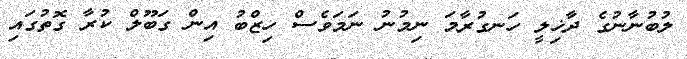
ލުބުނާނުގެ ދާޚިލީ ހަނގުރާމަ ނިމުނު ނަމަވެސް ހިޒްބު އިން ގަބޫލް ކުރާ ގޮތުގައި